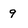
Character: 9